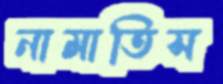
নামাতিস